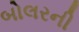
બોલરની